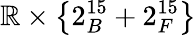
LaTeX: \mathbb{R}\times\left\{ 2_{B}^{15}+2_{F}^{15}\right\}